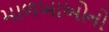
માળખાઓનો